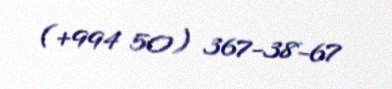
(+994 50) 367-38-67